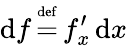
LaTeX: \operatorname{d}\! f\, {\overset{\underset{\mathrm{def}}{}}{=}}\, f_{x}^{\prime}\operatorname{d}\! x